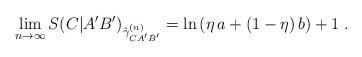
LaTeX: \begin{align*}\lim_{n\to\infty}S(C|A'B')_{\hat{\gamma}^{(n)}_{CA'B'}} = \ln\left(\eta\,a+\left(1-\eta\right)b\right) + 1\;.\end{align*}